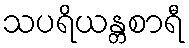
သပရိယန္တစာရီ